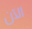
الآن